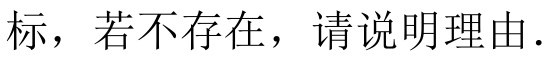
标，若不存在，请说明理由.